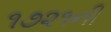
૧૭૨૧ની